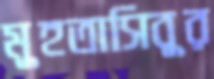
মুহতাসিবুর